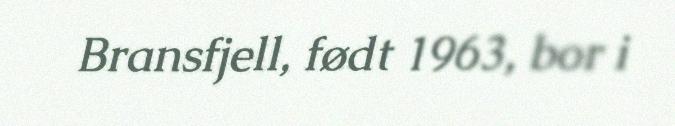
Bransfjell, født 1963, bor i